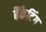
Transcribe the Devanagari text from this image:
बैंकेटिंग